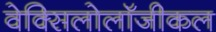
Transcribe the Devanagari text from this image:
वेक्सिलोलॉजीकल